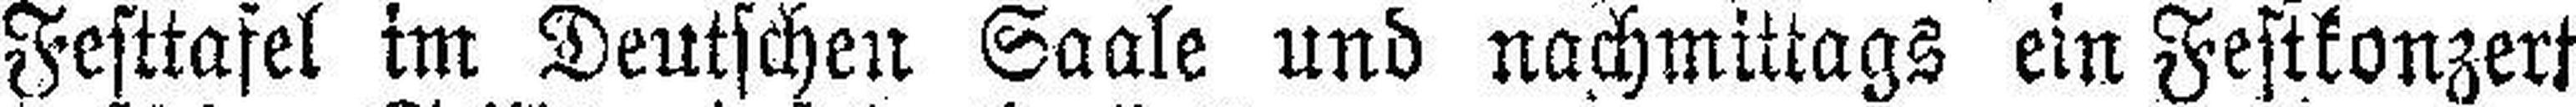
Festtafel im Deutschen Saale und nachmittags ein Festkonzert